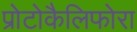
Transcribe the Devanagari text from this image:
प्रोटोकैलिफोरा